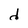
Character: d